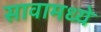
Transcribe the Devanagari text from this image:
सावामध्ये